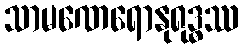
သာမဏေရောနုရုဒ္ဓဿ